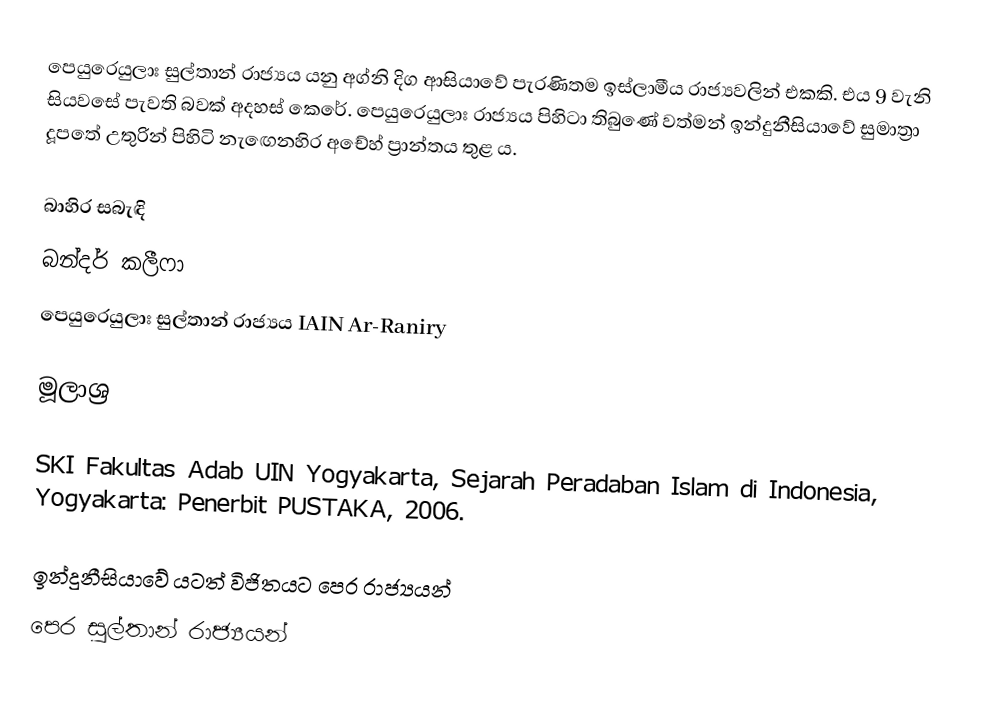
පෙයුරෙයුලාඃ සුල්තාන් රාජ්‍යය යනු අග්නි දිග ආසියාවේ පැරණිතම ඉස්ලාමීය රාජ්‍යවලින් එකකි. එය 9 වැනි සියවසේ පැවති බවක් අදහස් කෙරේ. පෙයුරෙයුලාඃ රාජ්‍යය පිහිටා තිබුණේ වත්මන් ඉන්දුනීසියාවේ සුමාත්‍රා දූපතේ උතුරින් පිහිටි නැඟෙනහිර අචේහ් ප්‍රාන්තය තුළ ය.

බාහිර සබැඳි
 බන්දර් කලීෆා
 පෙයුරෙයුලාඃ සුල්තාන් රාජ්‍යය IAIN Ar-Raniry

මූලාශ්‍ර

 SKI Fakultas Adab UIN Yogyakarta, Sejarah Peradaban Islam di Indonesia, Yogyakarta: Penerbit PUSTAKA, 2006.

ඉන්දුනීසියාවේ යටත් විජිතයට පෙර රාජ්‍යයන්
පෙර සුල්තාන් රාජ්‍යයන්